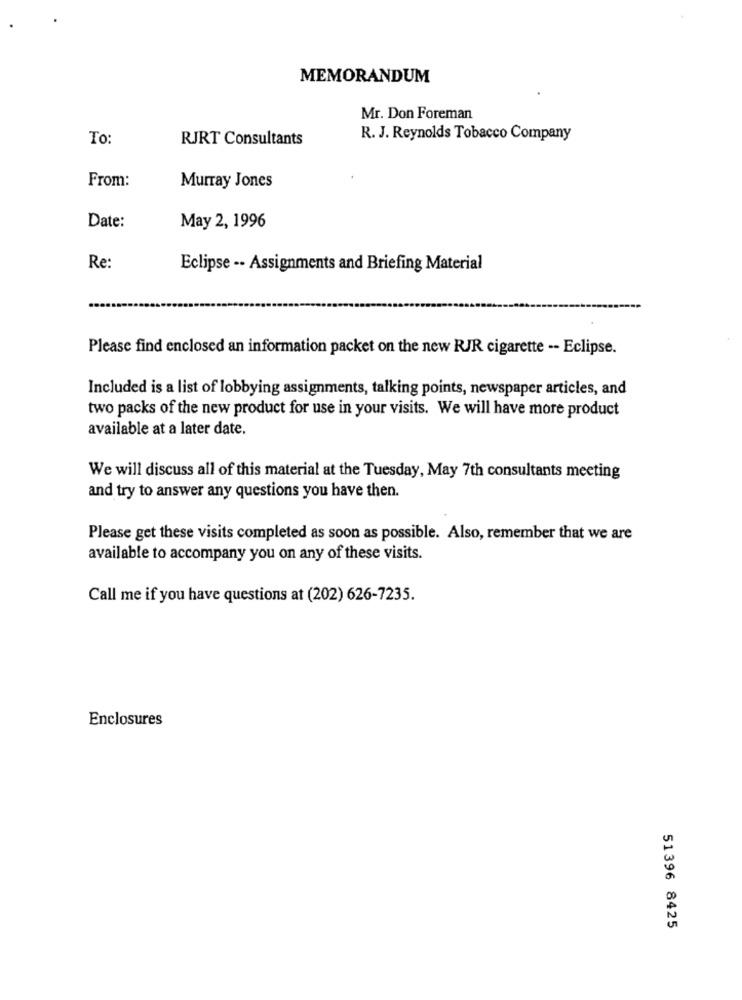
MEMORANDUM
Mr. Don Foreman
To:
RJRT Consultants
R. J. Reynolds Tobacco Company
From:
Murray Jones
Date:
May 2, 1996
Re:
Eclipse -. Assignments and Briefing Material
Please find enclosed an information packet on the new RJR cigarette -- Eclipse.
Included is a list of lobbying assignments, talking points, newspaper articles, and
two packs of the new product for use in your visits. We will have more product
available at a later date.
We will discuss all of this material at the Tuesday, May 7th consultants meeting
and try to answer any questions you have then.
Please get these visits completed as soon as possible. Also, remember that we are
available to accompany you on any of these visits.
Call me if you have questions at (202) 626-7235.
Enclosures
51396 8425